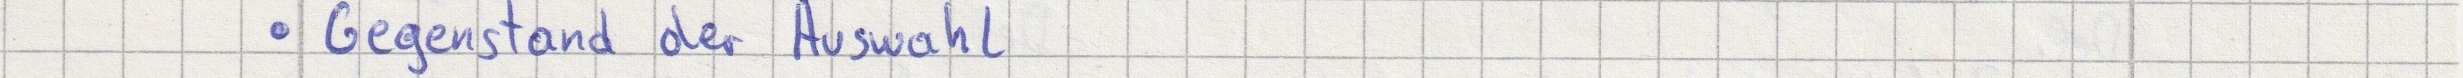
- Gegenstand der Auswahl